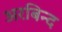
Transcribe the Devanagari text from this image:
अरबिन्द